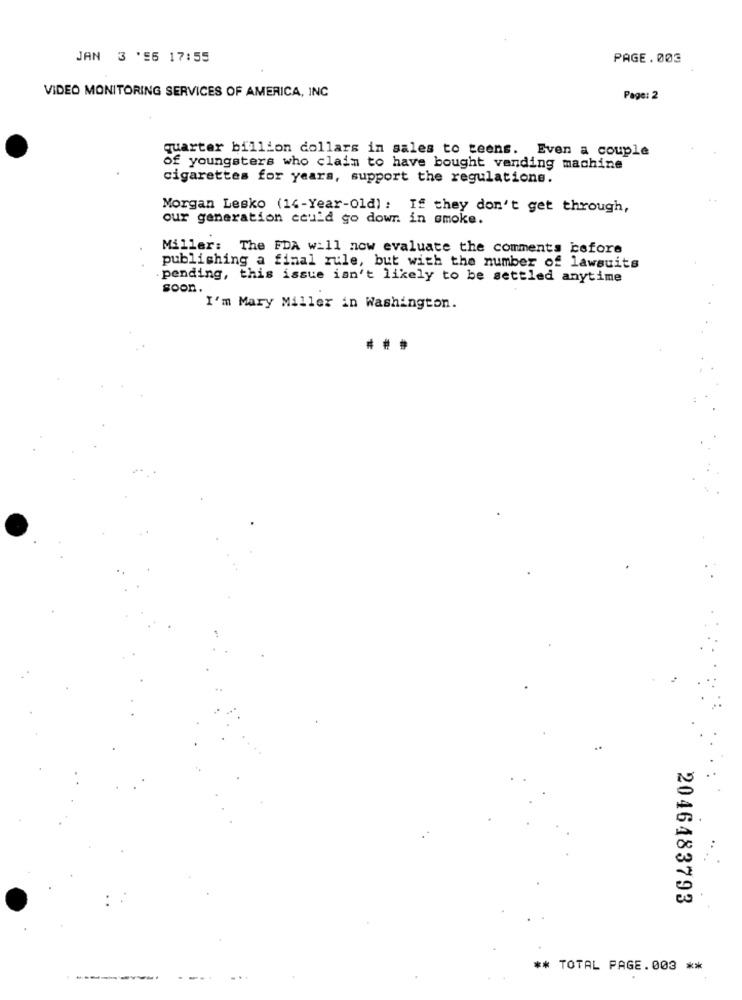
JAN 3 '56 17:55
PAGE. 003
VIDEO MONITORING SERVICES OF AMERICA, INC
Page: 2
quarter billion dollars in sales to teens. Even a couple
of youngsters who claim to have bought vending machine
cigarettes for years, support the regulations.
Morgan Lesko (14-Year-Old) : If they don't get through,
our generation could go down in smoke.
Miller: The FDA will now evaluate the comments before
publishing a final rule, but with the number of lawsuits
pending, this issue isn't likely to be settled anytime
soon.
I'm Mary Miller in Washington.
2046483793
** TOTAL PAGE.003 **